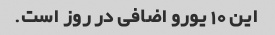
این 10 یورو اضافی در روز است.